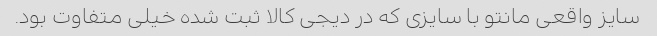
سایز واقعی مانتو با سایزی که در دیجی کالا ثبت شده خیلی متفاوت بود.